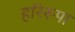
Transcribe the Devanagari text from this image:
हरिरूपा